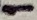
Text: 1